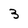
Character: 3